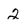
Character: 2